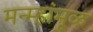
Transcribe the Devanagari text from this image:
मन्म्हांमूळ